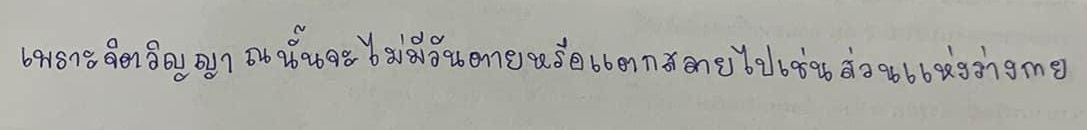
เพราะจิตวิญญาณนั้นจะไม่มีวันตายหรือแตกสลายไปเช่นส่วนแห่งร่างกาย